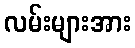
လမ်းများအား